Sanitation, dispensaries and jails vaccination Rajputana 1922-1927 - 1922-1927
Year: 1922
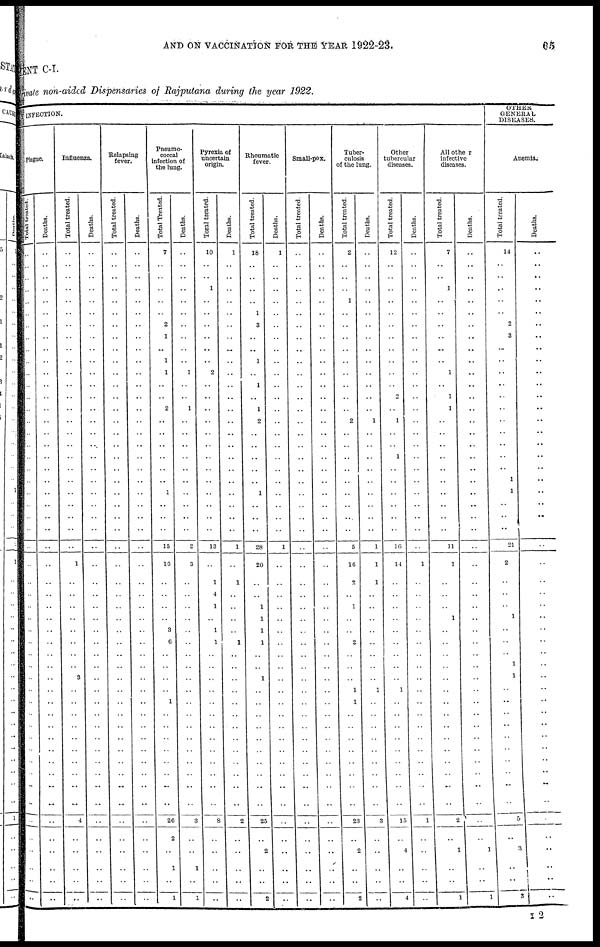
AND ON VACCINATION FOR THE YEAR 1922-23.
65
MENT C-I.
Private non-aided Dispensaries of Rajputana during the year 1922.
INFECTION.
Plague.
Total treated.
..
..
..
..
..
..
..
..
..
..
..
..
..
..
..
..
..
..
..
..
..
..
..
..
..
..
..
..
..
..
..
..
..
..
..
..
..
..
..
..
..
..
..
..
..
..
..
..
..
..
..
Deaths.
..
..
..
..
..
..
..
..
..
..
..
..
..
..
..
..
..
..
..
..
..
..
..
..
..
..
..
..
..
..
..
..
..
..
..
..
..
..
..
..
..
..
..
..
..
..
..
..
..
..
..
Influenza.
Total treated.
..
..
..
..
..
..
..
..
..
..
..
..
..
..
..
..
..
..
..
..
..
..
..
..
..
1
..
..
..
..
..
..
..
..
3
..
..
..
..
..
..
..
..
..
..
4
..
..
..
..
..
Deaths.
..
..
..
..
..
..
..
..
..
..
..
..
..
..
..
..
..
..
..
..
..
..
..
..
..
..
..
..
..
..
..
..
..
..
..
..
..
..
..
..
..
..
..
..
..
..
..
..
..
..
..
Relapsing
fever.
Total treated.
..
..
..
..
..
..
..
..
..
..
..
..
..
..
..
..
..
..
..
..
..
..
..
..
..
..
..
..
..
..
..
..
..
..
..
..
..
..
..
..
..
..
..
..
..
..
..
..
..
..
..
Deaths.
..
..
..
..
..
..
..
..
..
..
..
..
..
..
..
..
..
..
..
..
..
..
..
..
..
..
..
..
..
..
..
..
..
..
..
..
..
..
..
..
..
..
..
..
..
..
..
..
..
..
..
Pneumo¬
coccal
infection of
the lung.
Total Treated.
7
..
..
..
..
..
2
1
..
1
1
..
..
2
..
..
..
....
..
..
1
..
..
..
15
16
..
..
..
..
3
6
..
..
..
..
1
..
..
..
..
..
..
..
..
20
2
..
1
..
1
Deaths.
..
..
..
..
..
..
..
..
..
..
1
..
..
1
..
..
..
..
..
..
..
..
..
..
2
3
..
..
..
..
..
..
..
..
..
..
..
..
..
..
..
..
..
..
..
3
..
..
1
..
1
Pyrexia of
uncertain
origin.
Total treated.
10
..
..
1
..
..
..
..
..
..
2
..
..
..
..
..
..
..
..
..
..
..
..
..
13
..
1
4
1
..
1
1
..
..
..
..
..
..
..
..
..
..
..
..
..
8
..
..
..
..
..
Deaths.
1
..
..
..
..
..
..
..
..
..
..
..
..
..
..
..
..
..
..
..
..
..
..
..
1
..
1
..
..
..
..
1
..
..
..
..
..
..
..
..
..
..
..
..
..
2
..
..
..
..
..
Rheumatic
fever.
Total treated.
18
..
..
..
..
1
3
..
..
1
..
1
..
1
2
..
..
..
..
..
1
..
..
..
28
20
..
..
1
1
1
1
..
..
1
..
..
..
..
..
..
..
..
..
..
25
..
2
..
..
2
Deaths.
1
..
..
..
..
..
..
..
..
..
..
..
..
..
..
..
..
..
..
..
..
..
..
..
1
..
..
..
..
..
..
..
..
..
..
..
..
..
..
..
..
..
..
..
..
..
..
..
..
..
..
Small-pox.
Total treated.
..
..
..
..
..
..
..
..
..
..
..
..
..
..
..
..
..
..
..
..
..
..
..
..
..
..
..
..
..
..
..
..
..
..
..
..
..
..
..
..
..
..
..
..
..
..
..
..
..
..
..
Deaths.
..
..
..
..
..
..
..
..
..
..
..
..
..
..
..
..
..
..
..
..
..
..
..
..
..
..
..
..
..
..
..
..
..
..
..
..
..
..
..
..
..
..
..
..
..
..
..
..
..
..
..
Tuber-
culosis
of the lung.
Total treated.
2
..
..
..
1
..
..
..
..
..
..
..
..
..
2
..
..
..
..
..
..
..
..
..
5
16
2
..
1
..
..
2
..
..
..
1
1
..
..
..
..
..
..
..
..
23
..
2
..
..
2
Deaths.
..
..
..
..
..
..
..
..
..
..
..
..
..
..
1
..
..
..
..
..
..
..
..
..
1
1
1
..
..
..
..
..
..
..
..
1
..
..
..
..
..
..
..
..
..
3
..
..
..
..
..
Other
tubercular
diseases.
Total treated.
12
..
..
..
..
..
..
..
..
..
..
..
2
..
1
..
..
1
..
..
..
..
..
..
16
14
..
..
..
..
..
..
..
..
..
1
..
..
..
..
..
..
..
..
.. 15
..
4
..
..
4
Deaths.
..
..
..
..
..
..
..
..
..
..
..
..
..
..
..
..
..
..
..
..
..
..
..
..
..
1
..
..
..
..
..
..
..
..
..
..
..
..
..
..
..
..
..
..
..
1
..
..
..
..
..
All other
infective
diseases.
Total treated.
7
..
..
1
..
..
..
..
..
..
1
..
1
1
..
..
..
..
..
..
..
..
..
..
11
1
..
..
..
1
..
..
..
..
..
..
..
..
..
..
..
..
..
..
.. 2
..
1
..
..
1
Deaths.
..
..
..
..
..
..
..
..
..
..
..
..
..
..
..
..
..
..
..
..
..
..
..
..
..
..
..
..
..
..
..
..
..
..
..
..
..
..
..
..
..
..
..
..
..
..
..
1
..
..
1
OTHER
GENERAL
DISEASES.
Anemia.
Total treated.
14
..
..
..
..
..
2
3
..
..
..
..
..
..
..
..
..
..
..
..
1
..
..
..
21
2
..
..
..
1
..
..
..
..
1
..
..
..
..
..
..
..
..
..
..
5
..
3
..
..
3
Deaths.
..
..
..
..
..
..
..
..
..
..
..
..
..
..
..
..
..
..
..
..
..
..
..
..
..
..
..
..
..
..
..
..
..
..
..
..
..
..
..
..
..
..
..
..
..
..
..
..
..
..
..
I 2